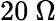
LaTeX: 20~\Omega